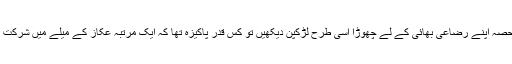
دائی حلیمہ بیان کرتی ہیں کہ آپؐ نے کبھی بھی دونوں چھاتیوں سے دودھ نہیں پیا بلکہ ایک حصہ اپنے رضاعی بھائی کے لے چھوڑا اسی طرح لڑکپن دیکھیں تو کس قدر پاکیزہ تھا کہ ایک مرتبہ عکاز کے میلے میں شرکت کا ارادہ فرمایا تو اللہ نے آپؐ پر نیند کو غالب کر کے آپ کو لہو و لعب سے محفوظ فرما دیا۔